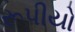
રૂપીયો